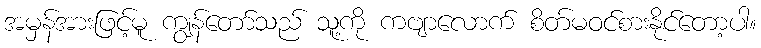
အမှန်အားဖြင့်မူ ကျွန်တော်သည် သူ့ကို ကဗျာလောက် စိတ်မဝင်စားနိုင်တော့ပါ။